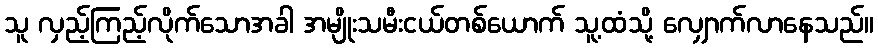
သူ လှည့်ကြည့်လိုက်သောအခါ အမျိုးသမီးငယ်တစ်ယောက် သူ့ထံသို့ လျှောက်လာနေသည်။